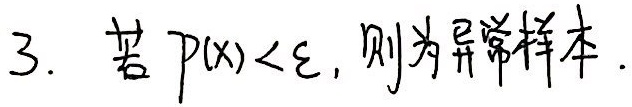
3. 若 $p(x)<\varepsilon$, 则为异常样本.